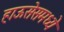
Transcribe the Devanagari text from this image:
हाऊसेसमध्ये